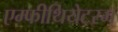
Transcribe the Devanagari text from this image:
एम्फीथियेटरम्